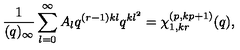
\frac { 1 } { ( q ) _ { \infty } } \sum _ { l = 0 } ^ { \infty } A _ { l } q ^ { ( r - 1 ) k l } q ^ { k l ^ { 2 } } = \chi _ { 1 , k r } ^ { ( p , k p + 1 ) } ( q ) ,